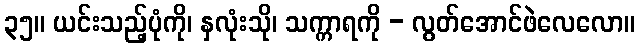
၃၅။ ယင်းသည့်ပုံကို၊ နှလုံးသို၊ သက္ကာရကို - လွတ်အောင်ဖဲလေလော။